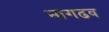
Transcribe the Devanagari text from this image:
नागढव